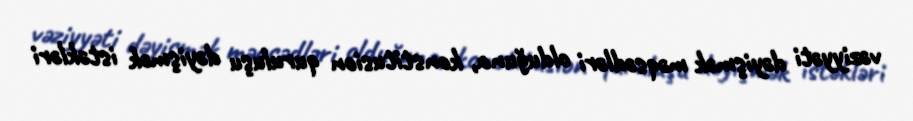
vəziyyəti dəyişmək məqsədləri olduğuna, konstitusion quruluşu dəyişmək istəkləri